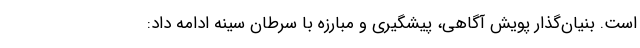
است. بنیان‌گذار پویش آگاهی، پیشگیری و مبارزه با سرطان سینه ادامه داد: